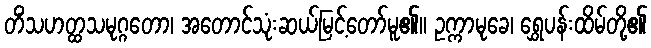
တိံသဟတ္ထသမုဂ္ဂတော၊ အတောင်သုံးဆယ်မြင့်တော်မူ၏။ ဥက္ကာမုခေ၊ ရွှေပန်းထိမ်တို့၏